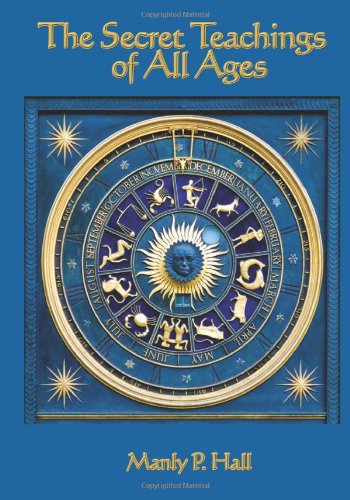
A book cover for The Secret Teachings of all Ages; Manly P. Hall; Religion & Spirituality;